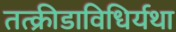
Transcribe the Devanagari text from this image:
तत्क्रीडाविधिर्यथा